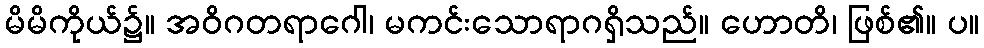
မိမိကိုယ်၌။ အဝိဂတရာဂေါ၊ မကင်းသောရာဂရှိသည်။ ဟောတိ၊ ဖြစ်၏။ ပ။